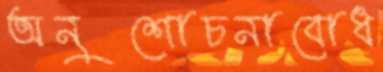
অনুশোচনাবোধ